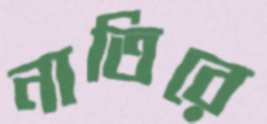
নাতিরে